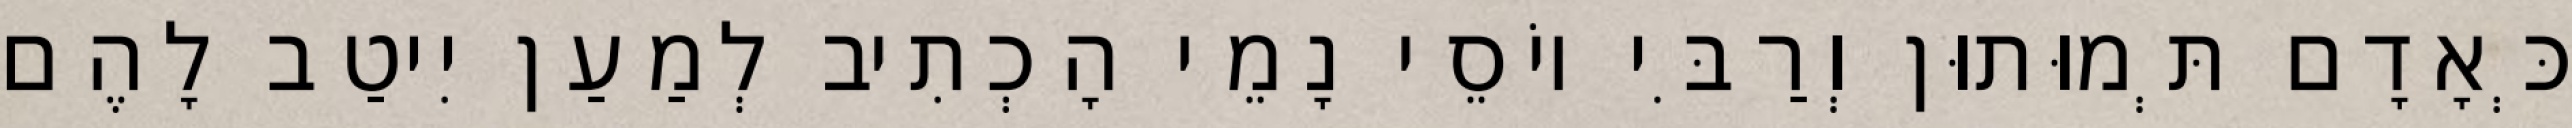
כְּאָדָם תְּמוּתוּן וְרַבִּי יוֹסֵי נָמֵי הָכְתִיב לְמַעַן יִיטַב לָהֶם